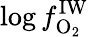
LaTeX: \log{f_{\mathrm{O_{2}}}^{\mathrm{IW}}}